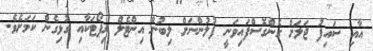
އާއި ސައިފު ޖަލަަށް ގެންގޮސްފައިވަނީ ފުލުންނަށް ލިބުން އިންޓެލް ރިޕޯޓަކާއި ގުޅިގެން ކަމަށެވެ.